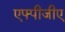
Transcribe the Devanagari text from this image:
एफ्पीजीए